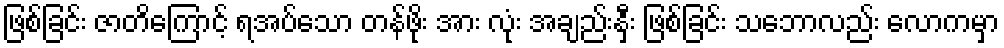
ဖြစ်ခြင်း ဇာတိကြောင့် ရအပ်သော တန်ဖိုး အား လုံး အချည်းနှီး ဖြစ်ခြင်း သဘောလည်း လောကမှာ